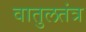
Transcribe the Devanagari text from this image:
वातुलतंत्र